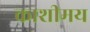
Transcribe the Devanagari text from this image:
काशीमय